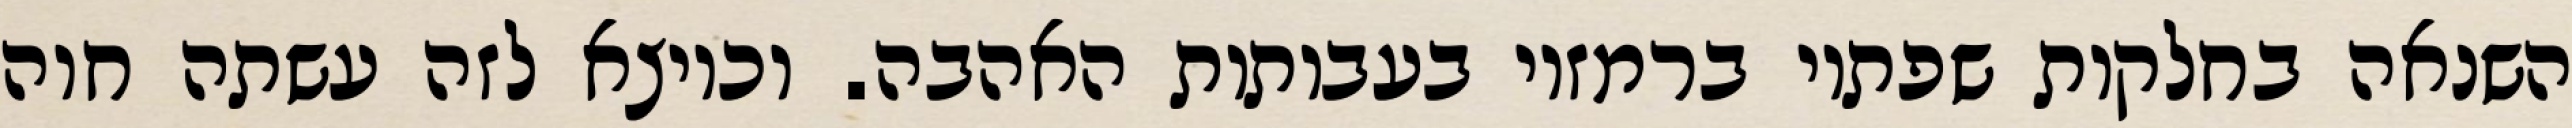
השנאה בחלקות שפתיו ברמזיו בעבותות האהבה. וכיוצא לזה עשתה חוה